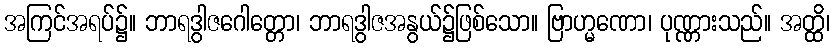
အကြင်အရပ်၌။ ဘာရဒွါဇဂေါတ္တော၊ ဘာရဒွါဇအနွယ်၌ဖြစ်သော။ ဗြာဟ္မဏော၊ ပုဏ္ဏားသည်။ အတ္ထိ၊